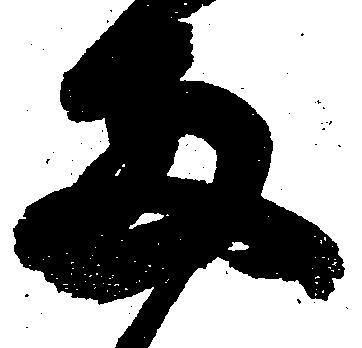
両